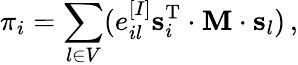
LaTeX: \pi_{i}=\sum_{l\in V}(e_{il}^{[I]}\mathbf{s}_{i}^{\mathrm{T}}\cdot\mathbf{M}\cdot\mathbf{s}_{l})\, ,